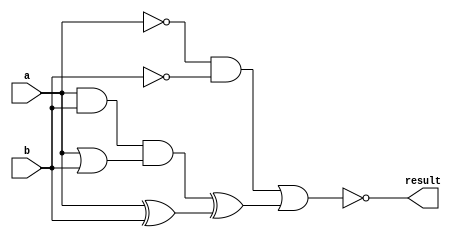
module combinational_logic_block (
    input wire a,
    input wire b,
    output wire result
);

wire not_a, not_b, and_output, or_output, xor_output;

assign not_a = ~a;
assign not_b = ~b;
assign and_output = a & b;
assign or_output = a | b;
assign xor_output = a ^ b;

assign result = ~((not_a & not_b) | (and_output & or_output) ^ xor_output);

endmodule